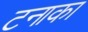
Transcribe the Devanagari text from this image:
टनाका